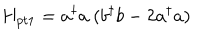
H _ { p t 1 } = a ^ { \dagger } a \ ( b ^ { \dagger } b - 2 a ^ { \dagger } a )